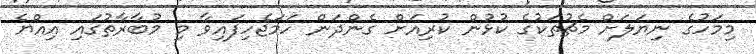
މިމަހުގެ ނިޔަލަށް މެޗުތަކުގެ ކުޅުން ކުރިއަށް ގެންދަން ހަމަޖެހިފައިވާ މި މުބާރާތުގައި އިއްޔެ